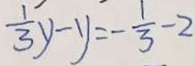
\frac { 1 } { 3 } y - y = - \frac { 1 } { 3 } - 2